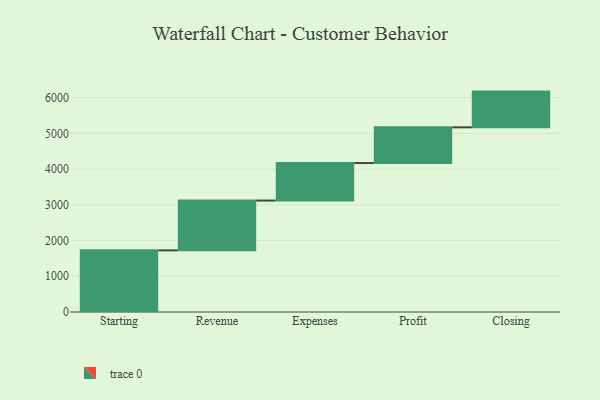
{"axis": {"x": "Step", "y": "Value"}, "legend": [""], "data": [{"x": "Starting", "y": 1725.0, "type": ""}, {"x": "Revenue", "y": 1394.0, "type": ""}, {"x": "Expenses", "y": 1050.0, "type": ""}, {"x": "Profit", "y": 1000, "type": ""}, {"x": "Closing", "y": 1000, "type": ""}]}